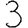
Digit: 3